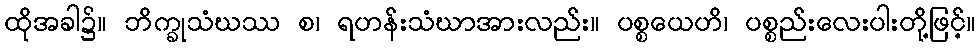
ထိုအခါ၌။ ဘိက္ခုသံဃဿ စ၊ ရဟန်းသံဃာအားလည်း။ ပစ္စယေဟိ၊ ပစ္စည်းလေးပါးတို့ဖြင့်။